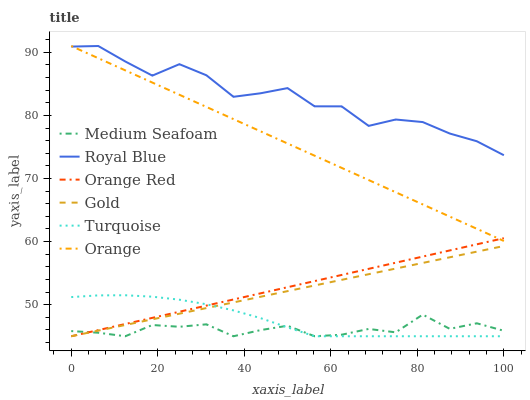
| xaxis_label | Medium Seafoam | Royal Blue | Orange Red | Gold | Turquoise | Orange |
 | --- | --- | --- | --- | --- | --- | --- |
 | 0 | 45.8 | 90.9 | 45 | 45 | 51.2 | 91 |
 | 6.25 | 45.6 | 91 | 46 | 45.9 | 51.5 | 89.1 |
 | 12.5 | 45 | 88.5 | 46.9 | 46.8 | 51.5 | 87.1 |
 | 18.8 | 46.8 | 86.3 | 47.9 | 47.7 | 51.3 | 85.2 |
 | 25 | 46.5 | 88.1 | 48.9 | 48.6 | 50.8 | 83.3 |
 | 31.2 | 46.9 | 86.4 | 49.9 | 49.5 | 50.1 | 81.3 |
 | 37.5 | 45 | 83 | 50.8 | 50.4 | 49.1 | 79.4 |
 | 43.8 | 46 | 83.5 | 51.8 | 51.3 | 47.9 | 77.5 |
 | 50 | 46.7 | 84.3 | 52.8 | 52.2 | 46.4 | 75.5 |
 | 56.2 | 45 | 81.4 | 53.7 | 53 | 45 | 73.6 |
 | 62.5 | 45.2 | 81.4 | 54.7 | 53.9 | 45 | 71.7 |
 | 68.8 | 46.2 | 78.3 | 55.7 | 54.8 | 45 | 69.8 |
 | 75 | 45.6 | 79.4 | 56.7 | 55.7 | 45 | 67.8 |
 | 81.2 | 48.4 | 78.9 | 57.6 | 56.6 | 45 | 65.9 |
 | 87.5 | 46.2 | 77.1 | 58.6 | 57.5 | 45 | 64 |
 | 93.8 | 47.1 | 75.9 | 59.6 | 58.4 | 45 | 62 |
 | 100 | 45.9 | 73.7 | 60.5 | 59.3 | 45 | 60.1 |